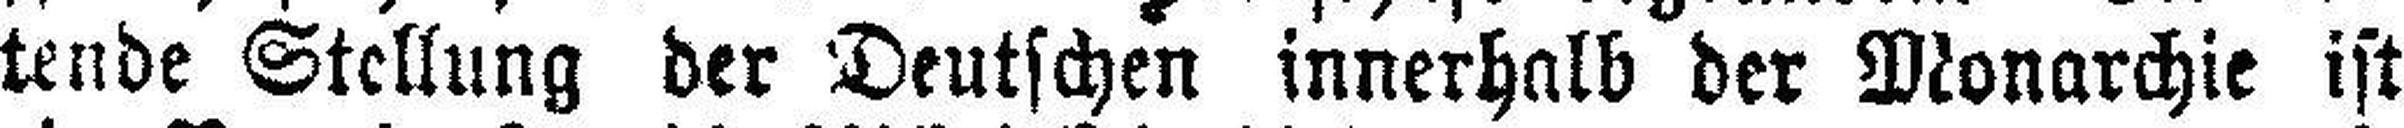
tende Stellung der Deutschen innerhalb der Monarchie ist